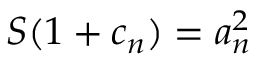
S ( 1 + c _ { n } ) = a _ { n } ^ { 2 }